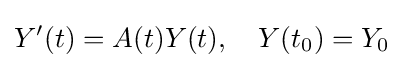
Y'(t)=A(t)Y(t),\quad Y(t_{0})=Y_{0}